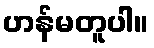
ဟန်မတူပါ။